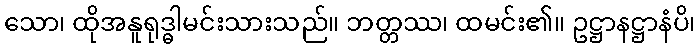
သော၊ ထိုအနူရုဒ္ဓါမင်းသားသည်။ ဘတ္တဿ၊ ထမင်း၏။ ဥဋ္ဌာနဋ္ဌာနံပိ၊